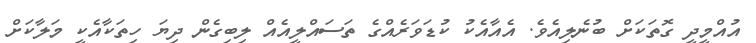
އުއްމީދީ ގޮތަކަށް ބުނެލިއެވެ. އެއާއެކު ކުޑަވަރެއްގެ ތަސައްލީއެއް ލިބިގެން ދިޔަ ހިތަކާއެކީ މަލާކަށް